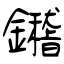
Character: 鑙